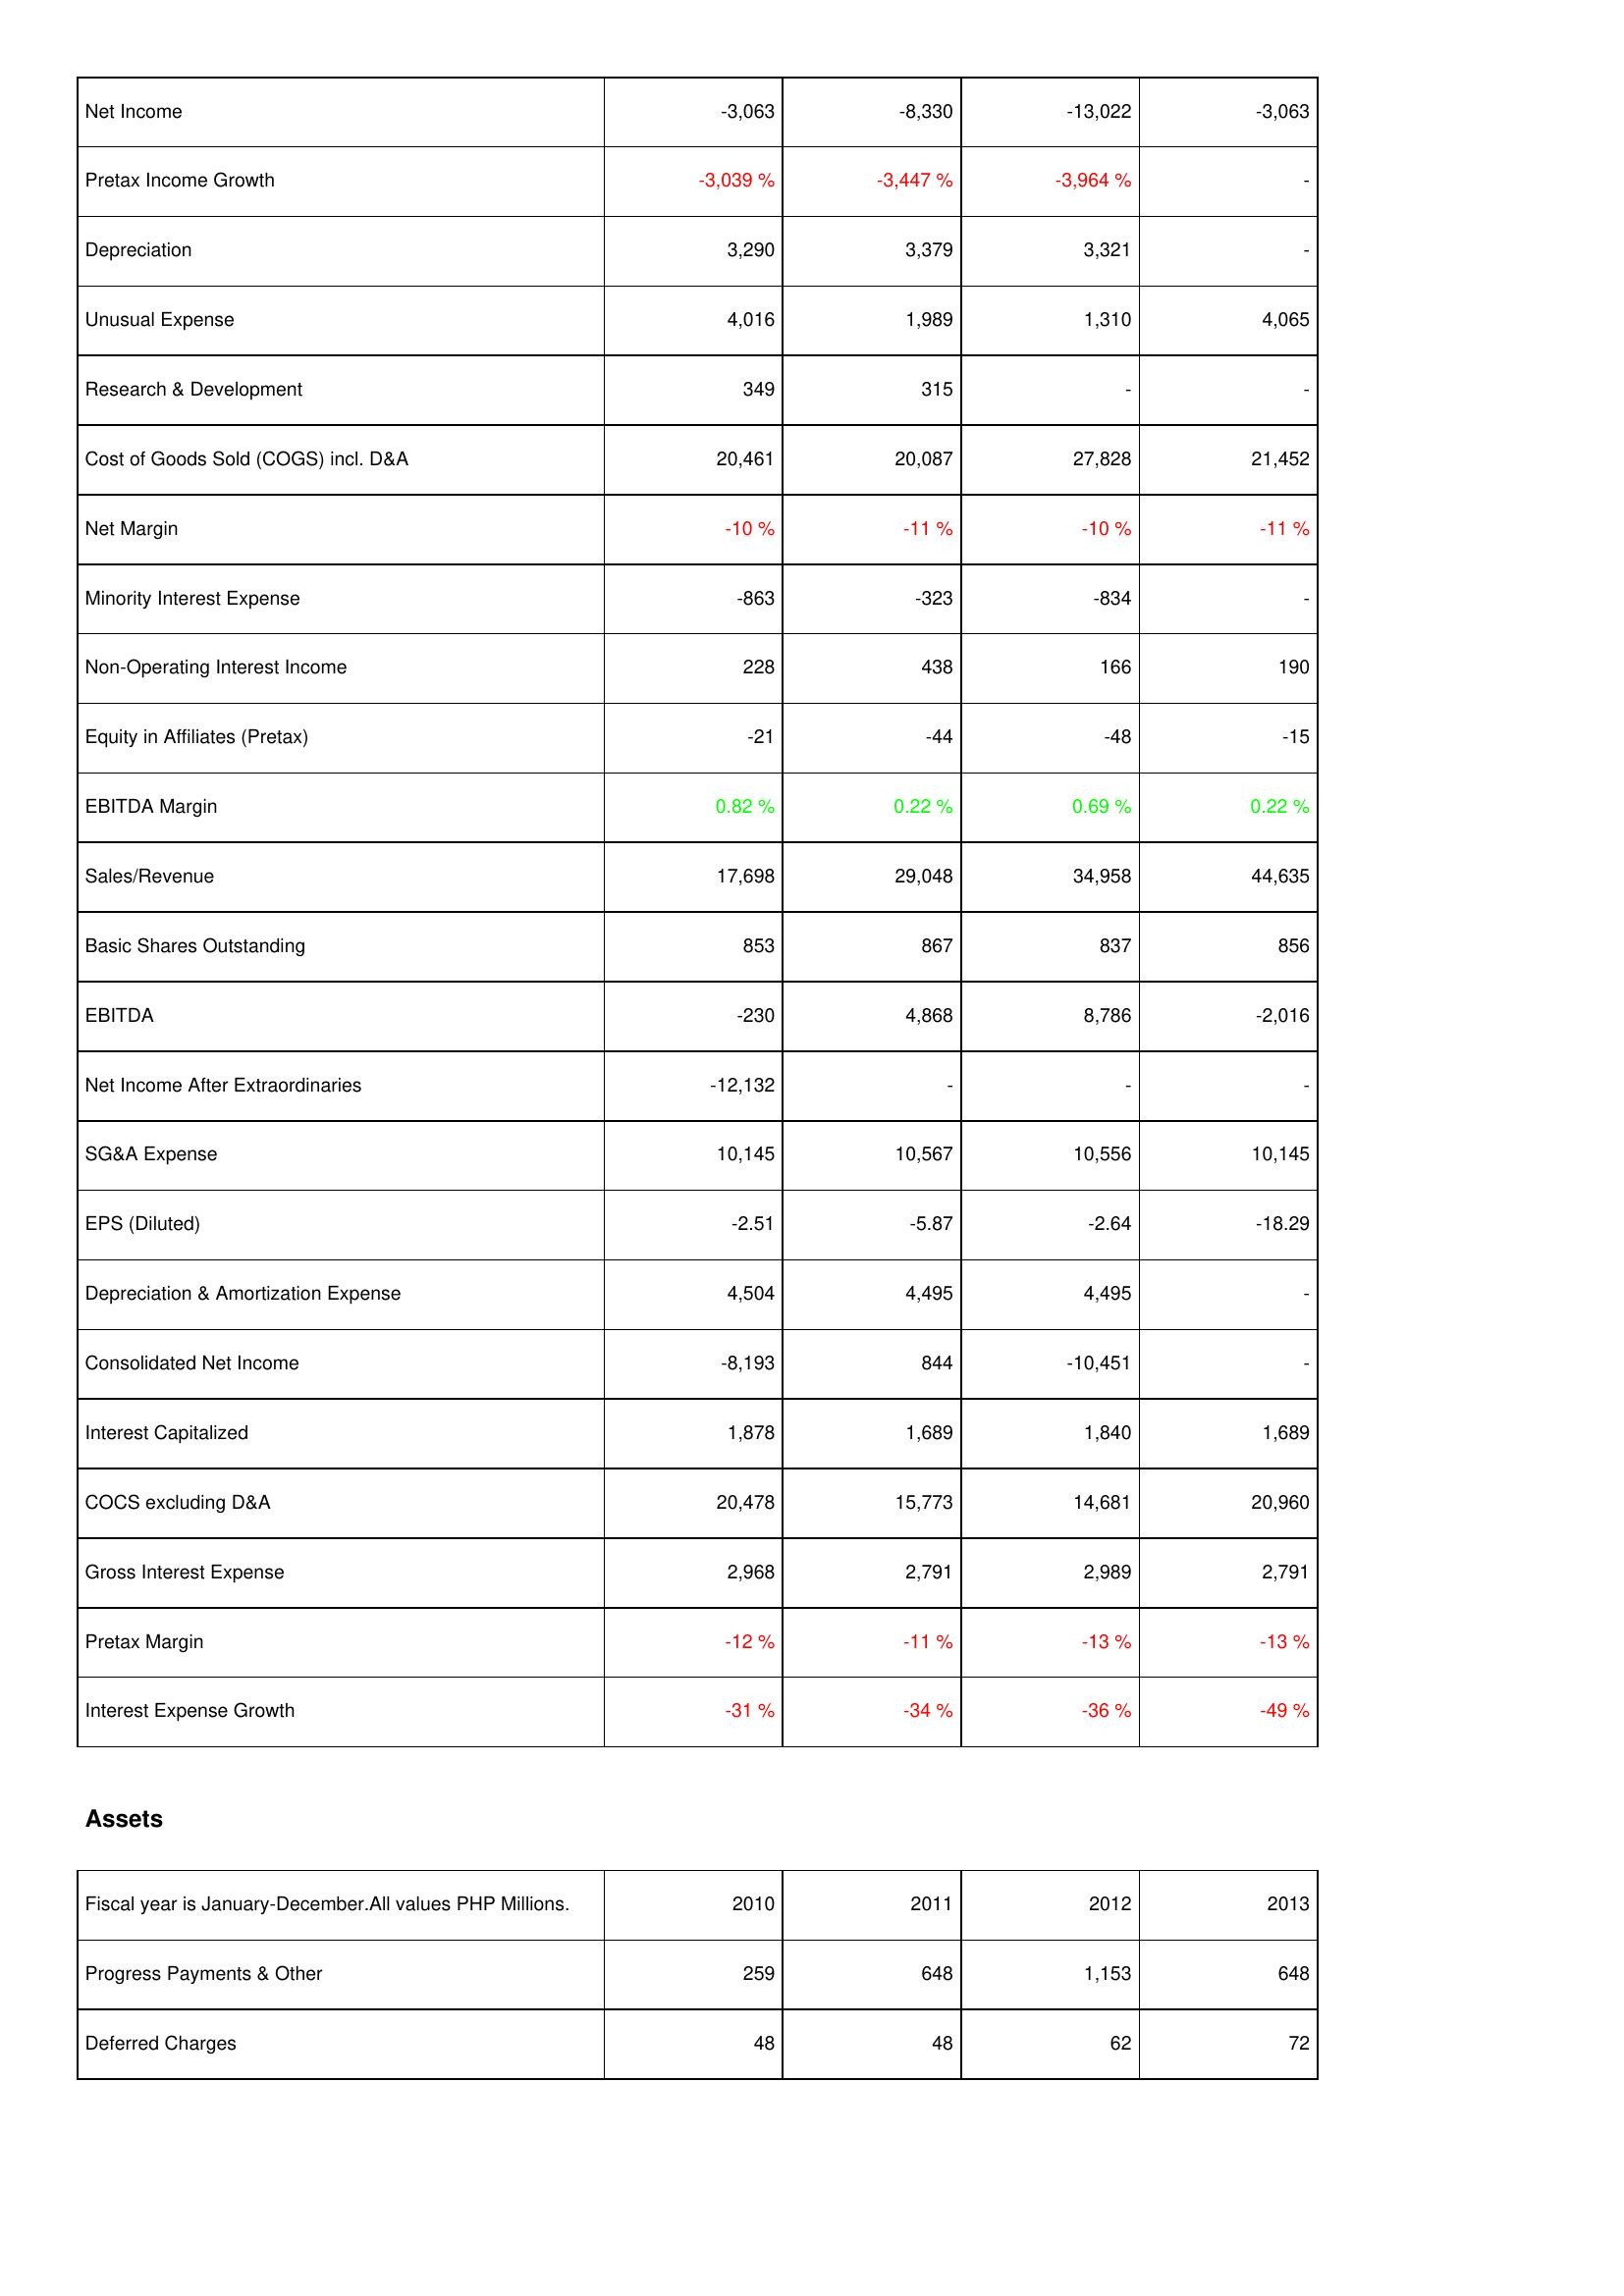
2010: Income Statement: Net Income: -3,063
Pretax Income Growth: -3,039 %
Depreciation: 3,290
Unusual Expense: 4,016
Research & Development: 349
Cost of Goods Sold (COGS) incl. D&A: 20,461
Net Margin: -10 %
Minority Interest Expense: -863
Non-Operating Interest Income: 228
Equity in Affiliates (Pretax): -21
EBITDA Margin: 0.82 %
Sales/Revenue: 17,698
Basic Shares Outstanding: 853
EBITDA: -230
Net Income After Extraordinaries: -12,132
SG&A Expense: 10,145
EPS (Diluted): -2.51
Depreciation & Amortization Expense: 4,504
Consolidated Net Income: -8,193
Interest Capitalized: 1,878
COCS excluding D&A: 20,478
Gross Interest Expense: 2,968
Pretax Margin: -12 %
Interest Expense Growth: -31 %
Assets: Progress Payments & Other: 259
Deferred Charges: 48
2011: Income Statement: Net Income: -8,330
Pretax Income Growth: -3,447 %
Depreciation: 3,379
Unusual Expense: 1,989
Research & Development: 315
Cost of Goods Sold (COGS) incl. D&A: 20,087
Net Margin: -11 %
Minority Interest Expense: -323
Non-Operating Interest Income: 438
Equity in Affiliates (Pretax): -44
EBITDA Margin: 0.22 %
Sales/Revenue: 29,048
Basic Shares Outstanding: 867
EBITDA: 4,868
Net Income After Extraordinaries: -
SG&A Expense: 10,567
EPS (Diluted): -5.87
Depreciation & Amortization Expense: 4,495
Consolidated Net Income: 844
Interest Capitalized: 1,689
COCS excluding D&A: 15,773
Gross Interest Expense: 2,791
Pretax Margin: -11 %
Interest Expense Growth: -34 %
Assets: Progress Payments & Other: 648
Deferred Charges: 48
2012: Income Statement: Net Income: -13,022
Pretax Income Growth: -3,964 %
Depreciation: 3,321
Unusual Expense: 1,310
Research & Development: -
Cost of Goods Sold (COGS) incl. D&A: 27,828
Net Margin: -10 %
Minority Interest Expense: -834
Non-Operating Interest Income: 166
Equity in Affiliates (Pretax): -48
EBITDA Margin: 0.69 %
Sales/Revenue: 34,958
Basic Shares Outstanding: 837
EBITDA: 8,786
Net Income After Extraordinaries: -
SG&A Expense: 10,556
EPS (Diluted): -2.64
Depreciation & Amortization Expense: 4,495
Consolidated Net Income: -10,451
Interest Capitalized: 1,840
COCS excluding D&A: 14,681
Gross Interest Expense: 2,989
Pretax Margin: -13 %
Interest Expense Growth: -36 %
Assets: Progress Payments & Other: 1,153
Deferred Charges: 62
2013: Income Statement: Net Income: -3,063
Pretax Income Growth: -
Depreciation: -
Unusual Expense: 4,065
Research & Development: -
Cost of Goods Sold (COGS) incl. D&A: 21,452
Net Margin: -11 %
Minority Interest Expense: -
Non-Operating Interest Income: 190
Equity in Affiliates (Pretax): -15
EBITDA Margin: 0.22 %
Sales/Revenue: 44,635
Basic Shares Outstanding: 856
EBITDA: -2,016
Net Income After Extraordinaries: -
SG&A Expense: 10,145
EPS (Diluted): -18.29
Depreciation & Amortization Expense: -
Consolidated Net Income: -
Interest Capitalized: 1,689
COCS excluding D&A: 20,960
Gross Interest Expense: 2,791
Pretax Margin: -13 %
Interest Expense Growth: -49 %
Assets: Progress Payments & Other: 648
Deferred Charges: 72